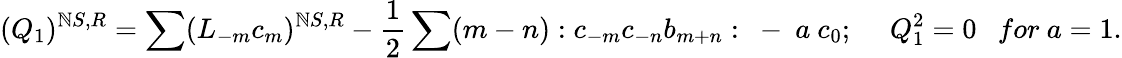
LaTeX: (Q_{1})^{\mathbb{N}S,R}=\sum(L_{-m}c_{m})^{\mathbb{N}S,R}-\frac{{1}}{{2}}\sum(m-n):c_{-m}c_{-n}b_{m+n}:~-~a~c_{0};~~~~~Q_{1}^{2}=0~~~for~a=1.